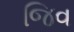
જિવ